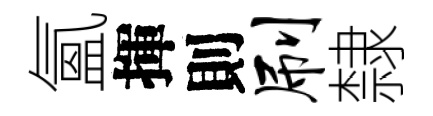
氳揮則刷隸